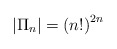
\begin{align*}\left| \Pi_n \right| =\left( n! \right)^{2n}\end{align*}